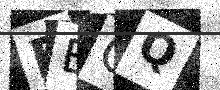
Text: BEGQ